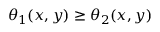
\theta _ { 1 } ( x , y ) \ge \theta _ { 2 } ( x , y )